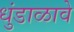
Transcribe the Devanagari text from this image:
धुंडाळावे